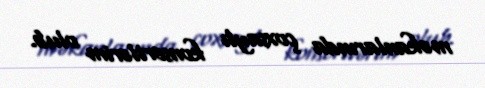
məkanlarında çoxsaylı konsertlərim olub.